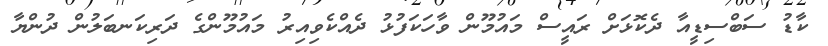
ކާޑު ސަބްސިޑީއާ ދެކޮޅަށް ރައީސް މައުމޫން ވާހަކަފުޅު ދެއްކެވިއިރު މައުމޫންގެ ދަރިކަނބަލުން ދުންޔާ